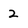
Character: 2